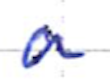
Text: a
Cross-out: clean
Writing tool: ballpoint